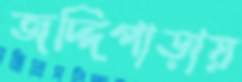
জদ্দিপাড়ায়